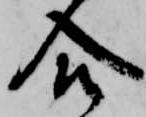
合